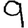
Digit: 9